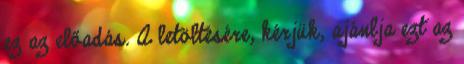
ez az előadás. A letöltésére, kérjük, ajánlja ezt az